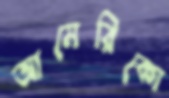
আমেরিকো